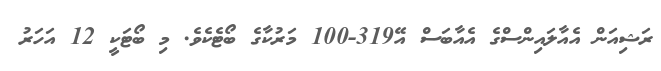
ރަޝިއަން އެއާލައިންސްގެ އެއާބަސް އޭ319-100 މަރުކާގެ ބޯޓެކެވެ. މި ބޯޓަކީ 12 އަހަރު